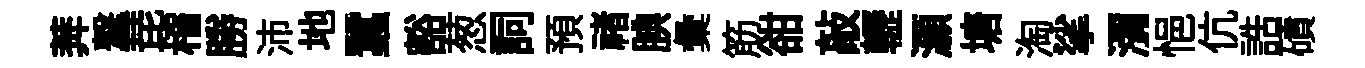
莾撃琵稽勝沛地蠶豁葱詞預禇腆彙筋𧮳敲轣灝塘淘挲瀰悒伉誥磧